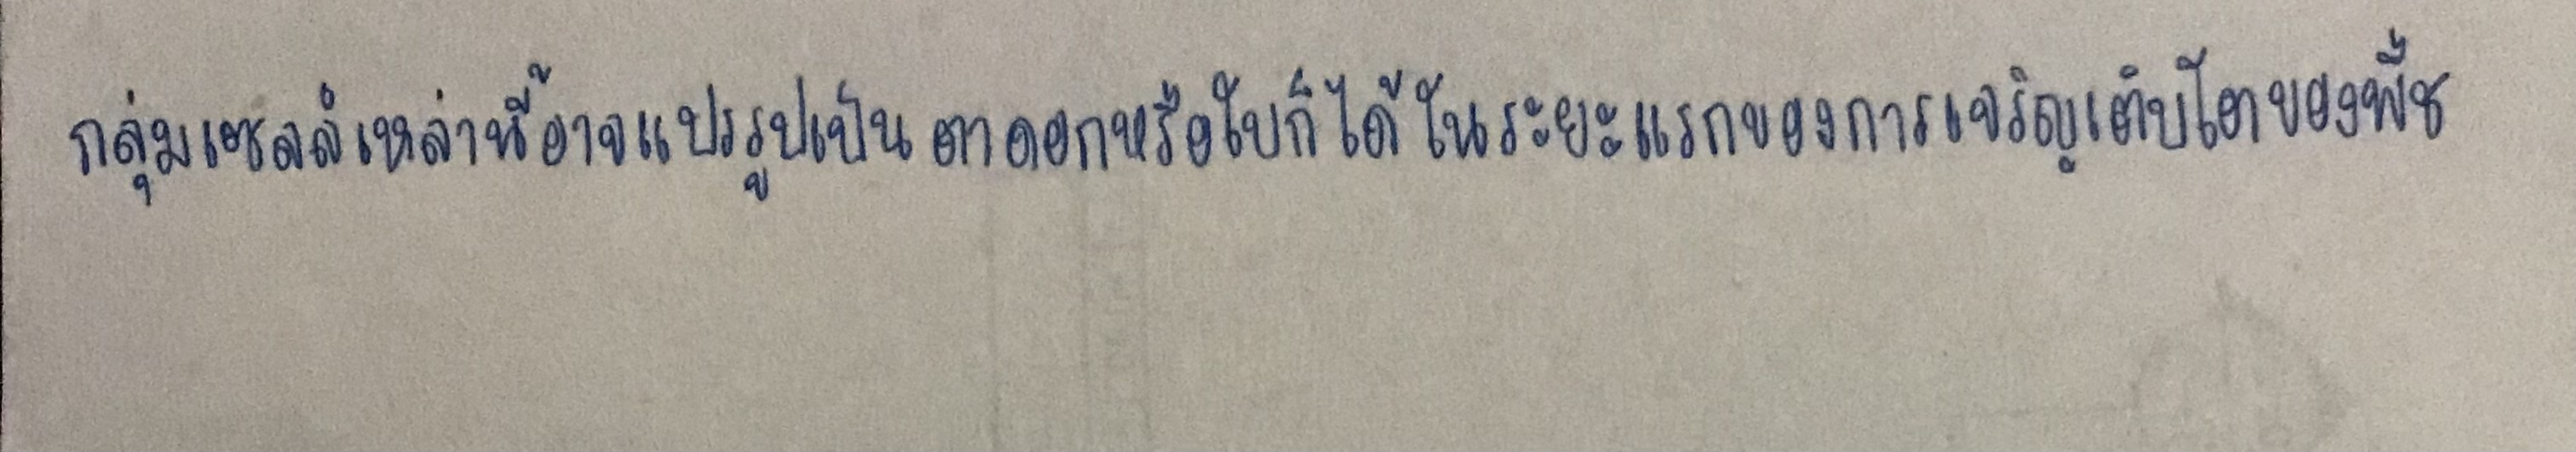
กลุ่มเซลล์เหล่านี้อาจแปรรูปเป็นตาดอกหรือใบก็ได้ในระยะแรกของการเจริญเติบโตของพืช